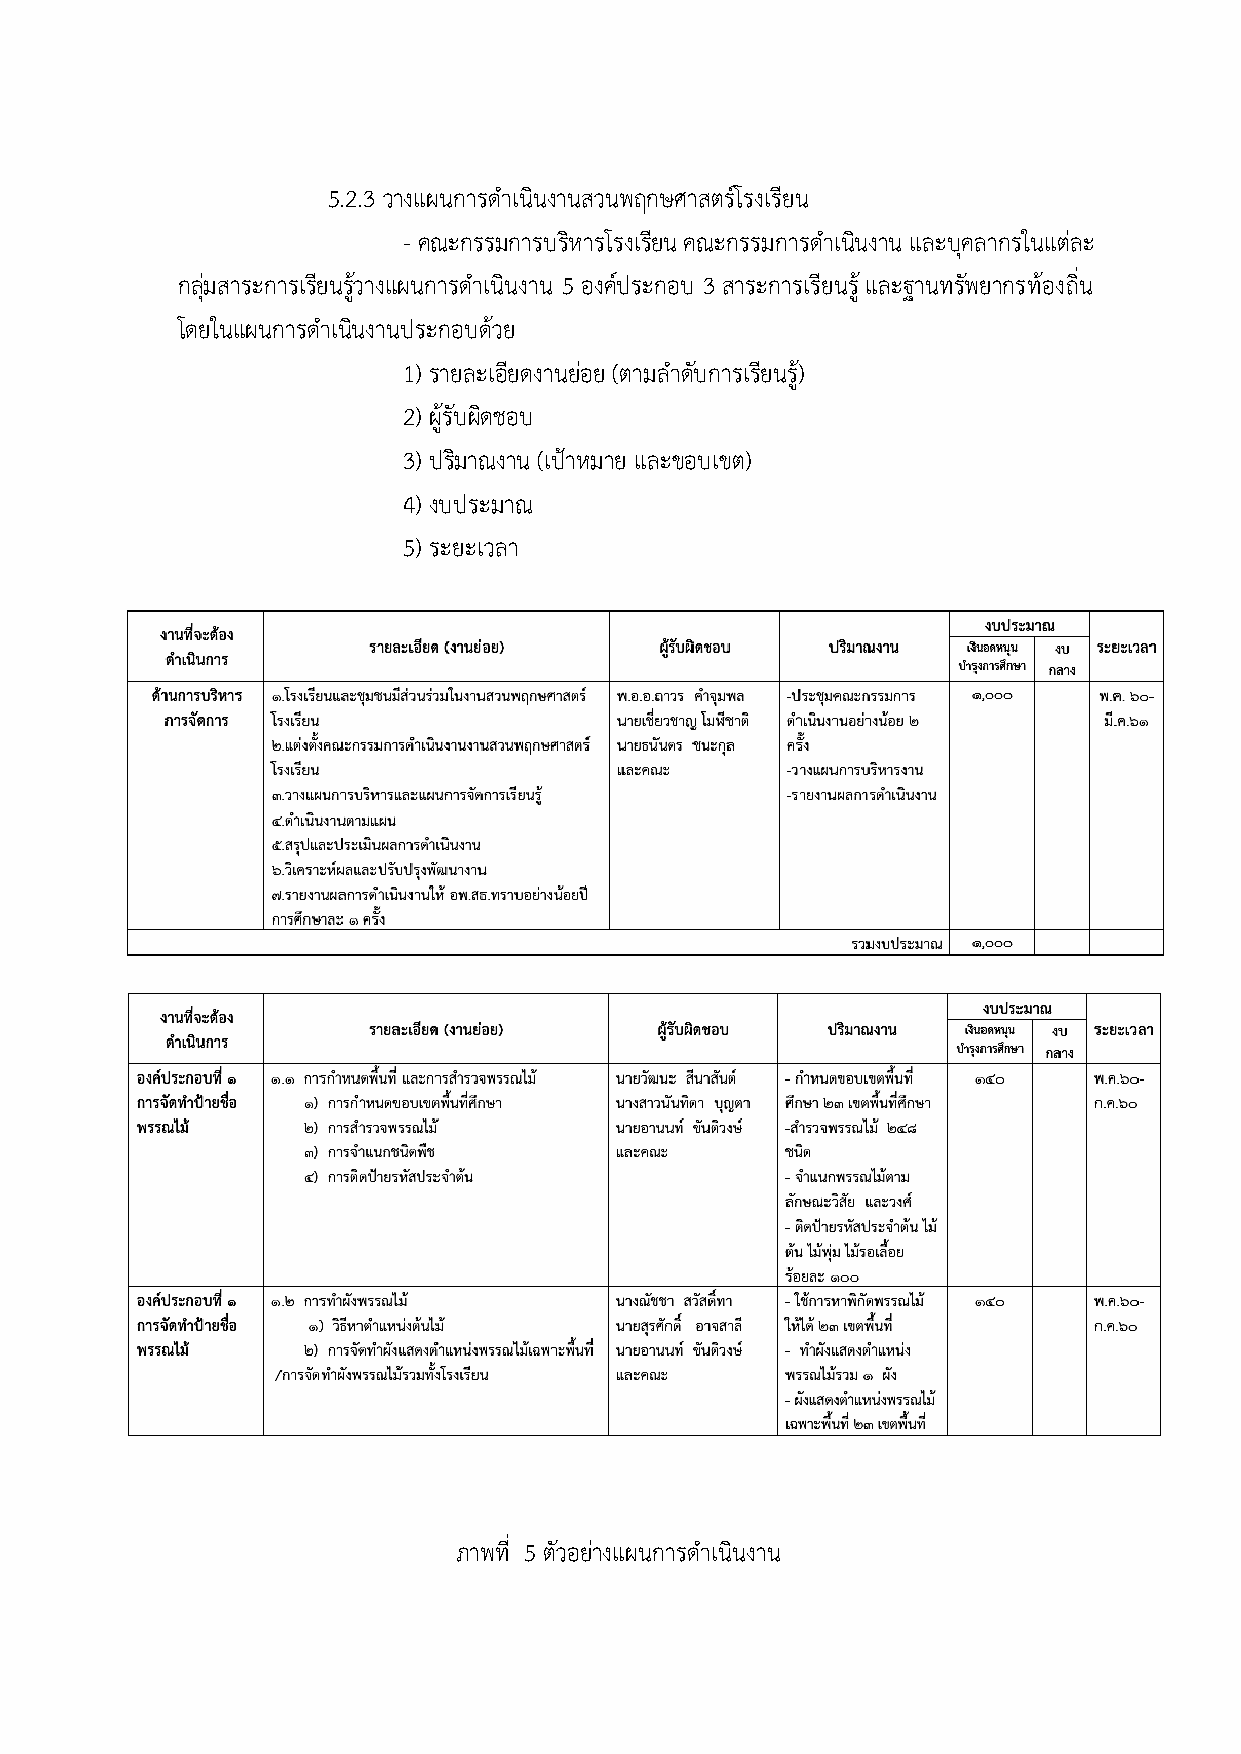
5.2.3 วางแผนการดำเนินงานสวนพฤกษศาสตรHโรงเรียน
 - คณะกรรมการบริหารโรงเรยี น คณะกรรมการดำเนินงาน และบุคลากรในแต?ละ
 กลุ?มสาระการเรียนรูEวางแผนการดำเนินงาน 5 องคHประกอบ 3 สาระการเรียนรูE และฐานทรัพยากรทEองถิ่น
 โดยในแผนการดำเนินงานประกอบดEวย
 1) รายละเอียดงานย?อย (ตามลำดับการเรียนรูE)
 2) ผูEรับผิดชอบ
 3) ปริมาณงาน (เปcาหมาย และขอบเขต)
 4) งบประมาณ
 5) ระยะเวลา
 ภาพที่ 5 ตัวอย?างแผนการดำเนินงาน